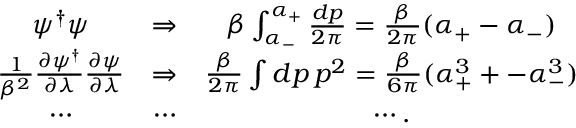
\begin{array} { c c c } { { \psi ^ { \dagger } \psi } } & { { \Rightarrow } } & { { \beta \int _ { \alpha _ { - } } ^ { \alpha _ { + } } { \frac { d p } { 2 \pi } } = { \frac { \beta } { 2 \pi } } ( \alpha _ { + } - \alpha _ { - } ) } } \\ { { { \frac { 1 } { \beta ^ { 2 } } } { \frac { \partial \psi ^ { \dagger } } { \partial \lambda } } { \frac { \partial \psi } { \partial \lambda } } } } & { { \Rightarrow } } & { { { \frac { \beta } { 2 \pi } } \int d p \, p ^ { 2 } = { \frac { \beta } { 6 \pi } } ( \alpha _ { + } ^ { 3 } + - \alpha _ { - } ^ { 3 } ) } } \\ { { \cdots } } & { { \cdots } } & { { \cdots . } } \end{array}